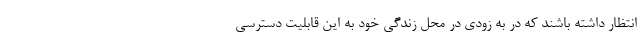
انتظار داشته باشند که در به زودی در محل زندگی خود به این قابلیت دسترسی